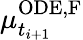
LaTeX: \mu_{t_{i+1}}^{\mathrm{ODE,F}}